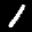
Label: 1